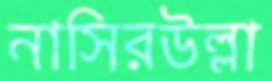
নাসিরউল্লা